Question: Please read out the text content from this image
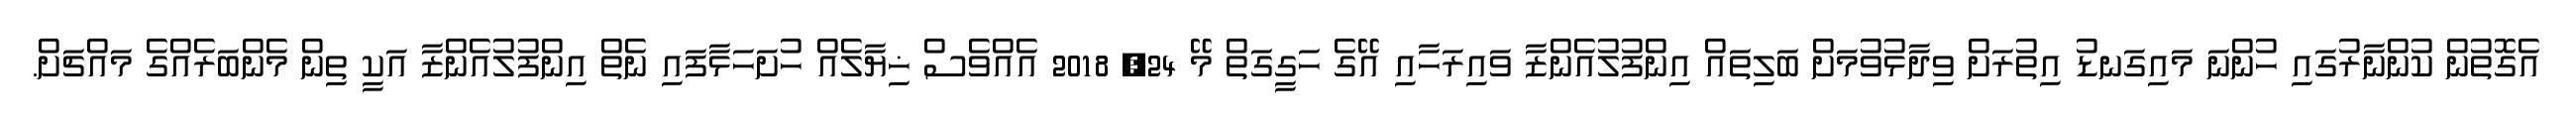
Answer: އެގޮތުން ކުންނާރުގައި ހުންނަ މައިގަނޑު އިތުރަށް ވިދާޅުވުމަށް ބަލިތައް އިންފުލުއެންޒާ ވައިރަހާއި އޭގެ ހަގީގަތް މޭ 24, 2018 އެއްވެސް ޚިޔާލެއް ހުށަހަޅާފައި ނެތް އިންފުލުއެންޒާ އަކީ ތިން މެންބަރެއްގެ މައްޗަށް.